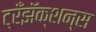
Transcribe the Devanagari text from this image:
ट्रँझॅक्शन्स